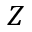
Z